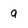
Character: q